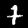
Label: 7